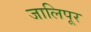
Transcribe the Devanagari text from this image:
जालिपूर